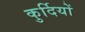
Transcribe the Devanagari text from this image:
कुर्दियों